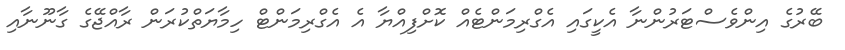
ބޭރުގެ އިންވެސްޓަރުންނާ އެކީގައި އެގްރިމަންޓެއް ކޮށްފިއްޔާ އެ އެގްރިމަންޓް ހިމާޔަތްކުރަން ރާއްޖޭގެ ގާނޫނާއި